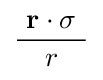
{\frac {~\mathbf {r} \cdot \mathbf {\sigma } ~}{r}}